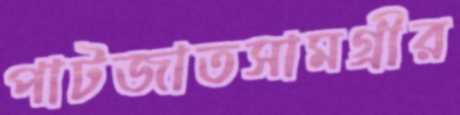
পাটজাতসামগ্রীর